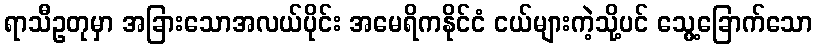
ရာသီဥတုမှာ အခြားသောအလယ်ပိုင်း အမေရိကနိုင်ငံ ငယ်များကဲ့သို့ပင် သွေ့ခြောက်သော